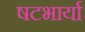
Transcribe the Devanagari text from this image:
षटभार्या